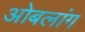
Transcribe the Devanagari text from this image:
ओबलांग